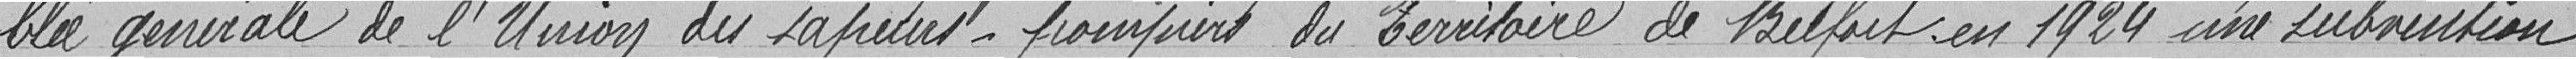
blée générale de l'Union des sapeurs-pompiers du Territoire de Belfort en 1924 une subvention